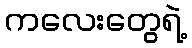
ကလေးတွေရဲ့